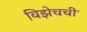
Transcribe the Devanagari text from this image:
विझेचची